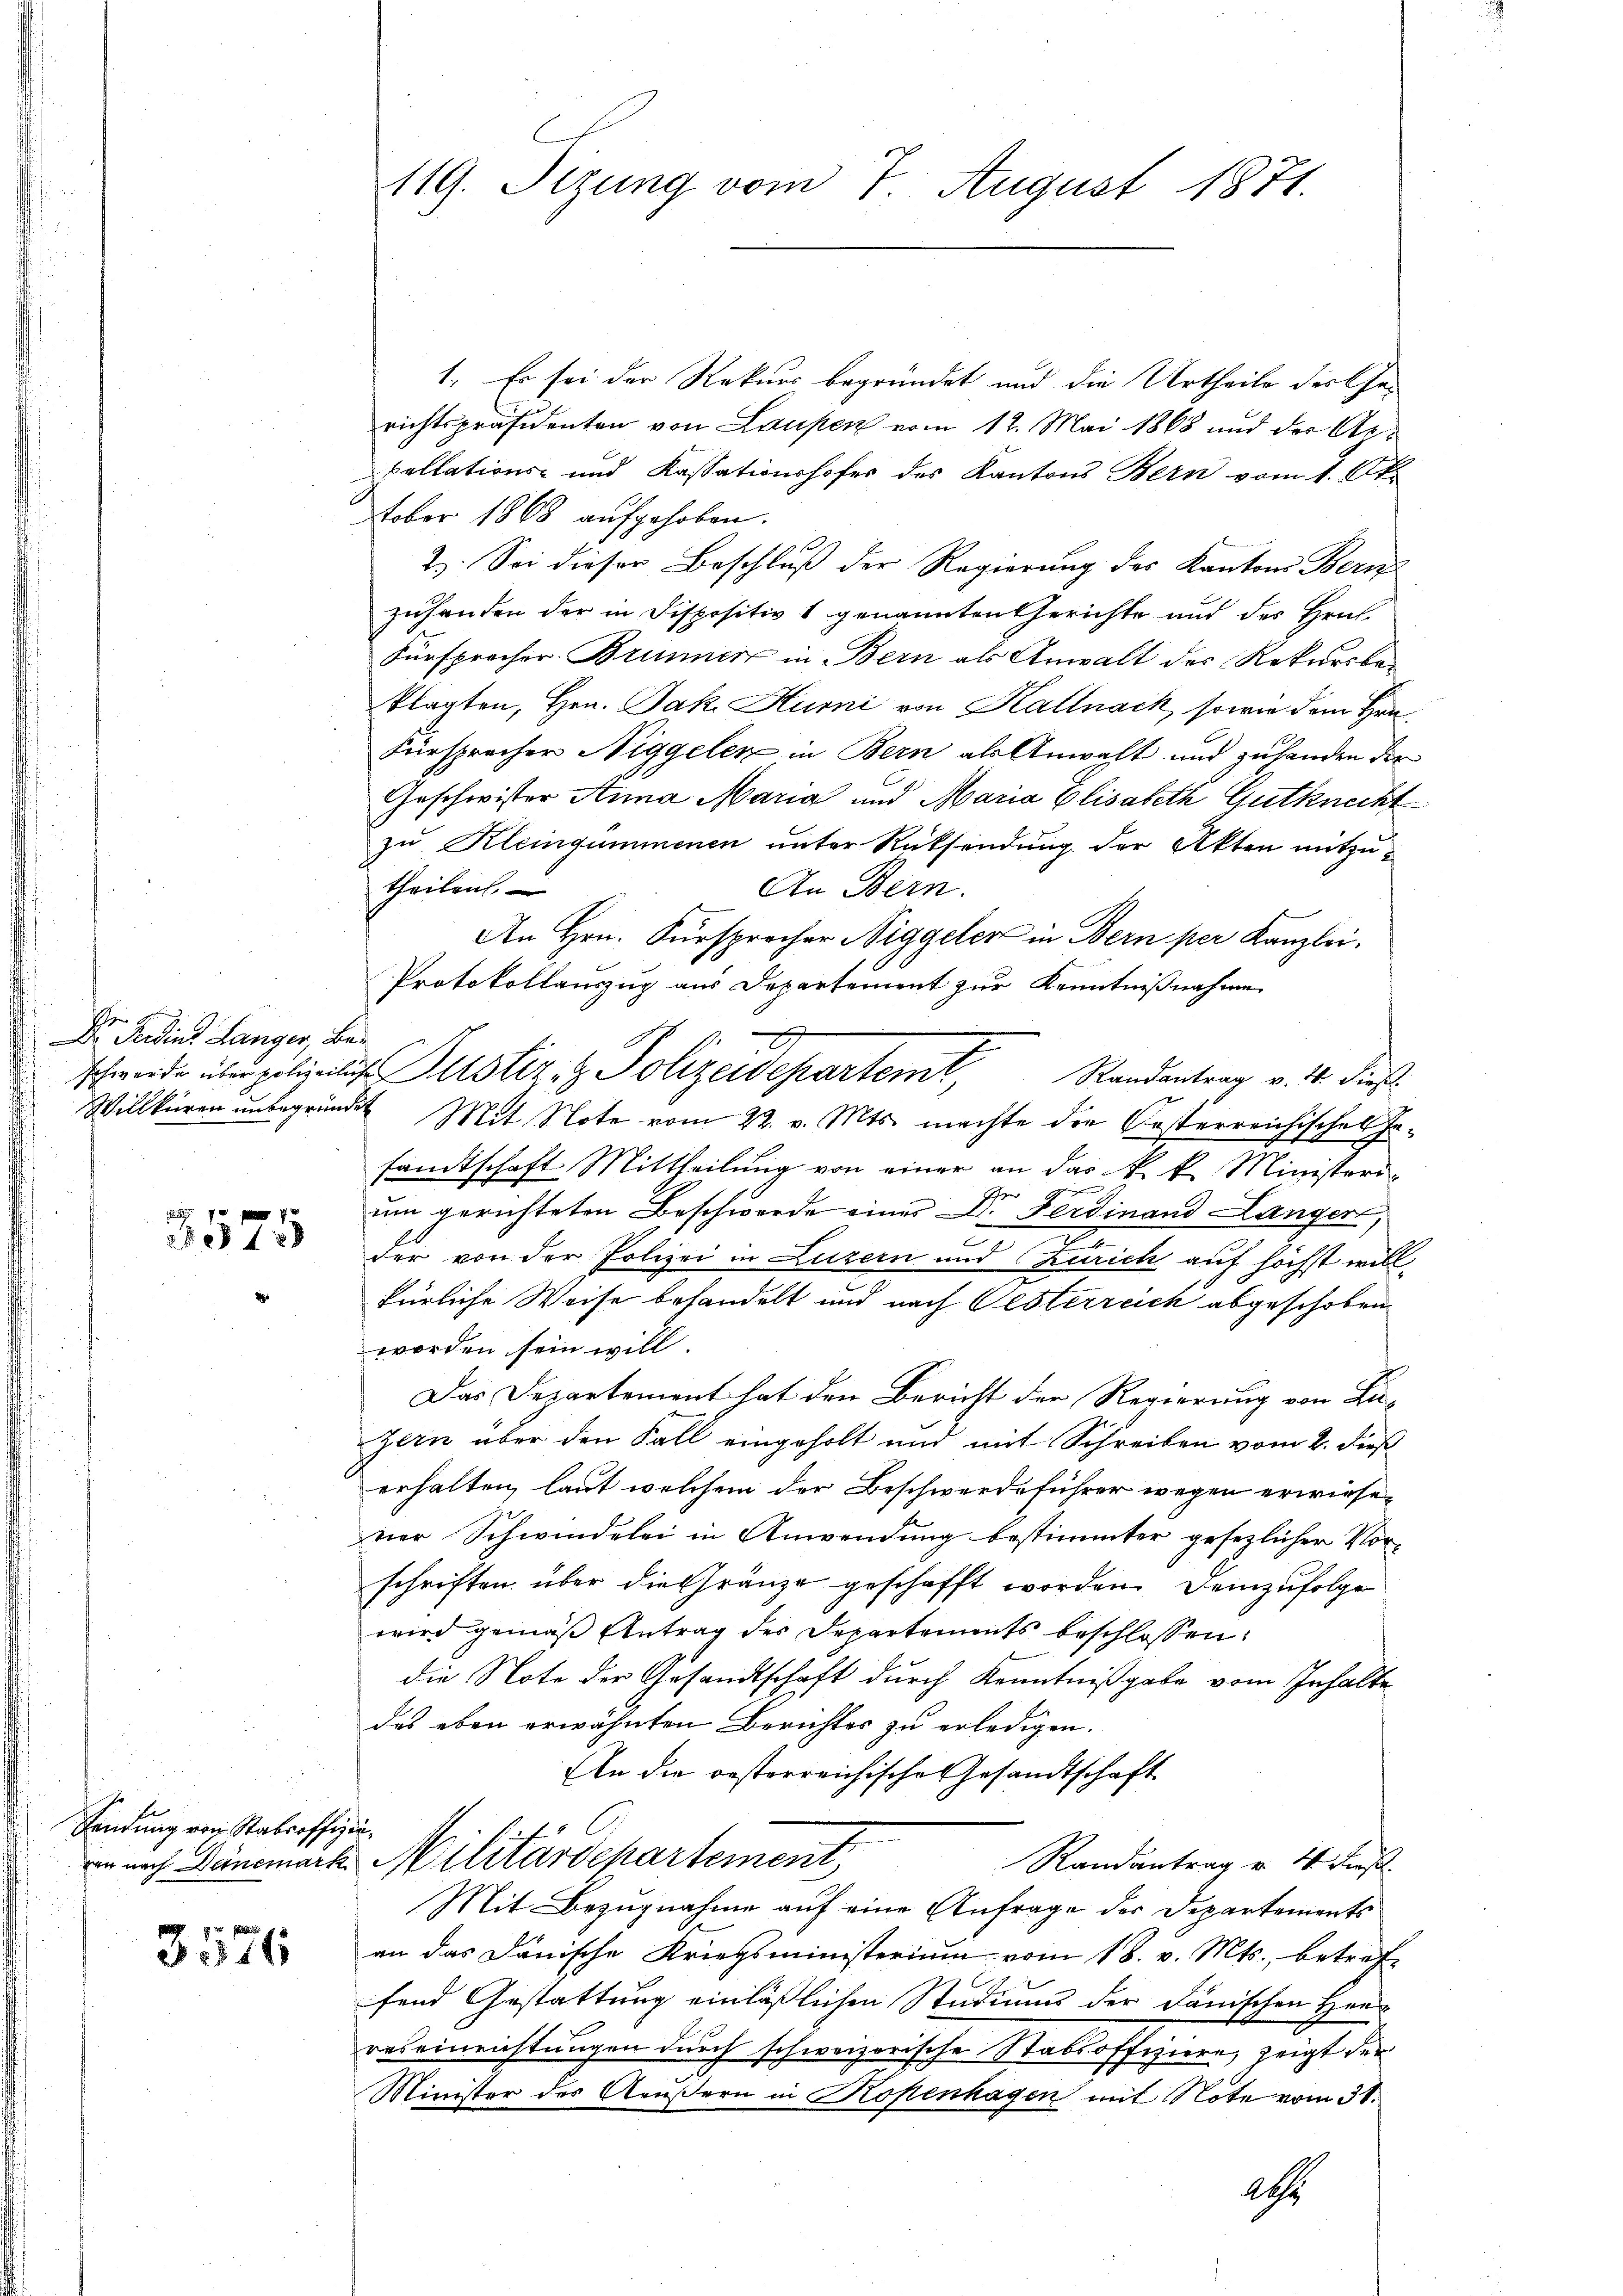
Dr Ferdins Langer, Be¬

12

Sendung von Stabsoffizie¬

3576

119. Setzung vom 7. August 1871.

1. Es sei der Rekurs begründet und die Urtheile der Cha-
richtspräsidenten von Laupen vom 12. Mai 1868 und der Arpellations- und Kassationshofes des Kantons Bern vom 1. Oktober 1868 aufgehoben.
2). Sei dieser Beschluß der Regierung des Kantons Bern
zuhanden der in Dispositiv 1 genannten Gerichte und des Hrn.
Fürsprecher Brunner in Bern als Anwalt der Rekursbe-
klagten, Hrn. Jak. Humi von Kalnack, sowie dem Hrn.
Fürsprecher Niggelen in Bern als Anwalt und zuhanden der
Geschwister Anna Maria und Maria Elisabeth Gutknecht
zu Kleingummenen unter Rücksendung der Akten mitzutheilen.
An Bern.
An Hrn. Fürsprecher Niggeler in Bern per Kanzlei.
Protokollauszug aus Departement zur Kenntnißnahme
schwerde über polizeilich listiz- & Polizeidepartemt, Randantrag v. 4. dieß
Willküren unbegründet Mit Note vom 22. v. Mts. machte die Kosterreichisches Gesandtschaft Mittheilung von einer an das k. k. Ministerium gerichteten Beschwerde einer Dr. Ferdinand Langen,
der von der Polizei in Luzern und Zürich auf höchst willkürliche Weise behandelt und nach Oesterreich abgeschoben
worden sein will.
Das Departement hat den Bericht der Regierung von Luzern über den Fall eingeholt und mit Schreiben vom 2. dieß
erhalten, laut welchem der Beschwerdeführer wegen erwiesevier Schwindelei in Anwendung bestimmter gesezlicher Vor-
schriften über die Gränze geschafft worden. demzufolge
wird gemäß Antrag des Departements beschlossen:
die Note der Gesandtschaft durch Kenntnißgabe vom Inhalte
das eben erwähnten Berichtes zu erledigen.
An die oesterreichische Gesandtschaft
rin nach Dänemark Militärdepartement
Randantrag v. 4. Fenst.
Mit Bezugnahme auf eine Anfrage der Departements
an das Dänische Kriegsministerium vom 18. v. Mts., betref-
fend Gestattung einläßlichen Studiums der Dänischen Heu
raseinrichtungen durch schweizerische Stabsoffiziere, zeigt der
Minister des Aeußern in Kopenhagen mit Note vom 31.
aths